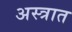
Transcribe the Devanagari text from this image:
अस्त्रात